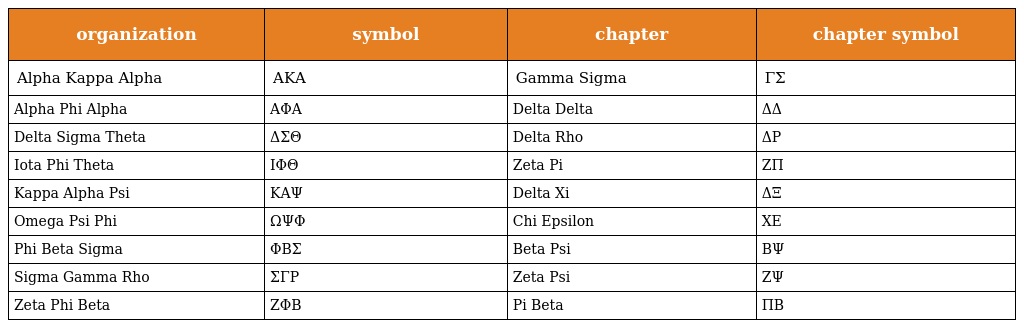
| organization | symbol | chapter | chapter symbol |
 | --- | --- | --- | --- |
 | Alpha Kappa Alpha | ΑΚΑ | Gamma Sigma | ΓΣ |
 | Alpha Phi Alpha | ΑΦΑ | Delta Delta | ΔΔ |
 | Delta Sigma Theta | ΔΣΘ | Delta Rho | ΔΡ |
 | Iota Phi Theta | ΙΦΘ | Zeta Pi | ΖΠ |
 | Kappa Alpha Psi | ΚΑΨ | Delta Xi | ΔΞ |
 | Omega Psi Phi | ΩΨΦ | Chi Epsilon | ΧΕ |
 | Phi Beta Sigma | ΦΒΣ | Beta Psi | ΒΨ |
 | Sigma Gamma Rho | ΣΓΡ | Zeta Psi | ΖΨ |
 | Zeta Phi Beta | ΖΦΒ | Pi Beta | ΠΒ |